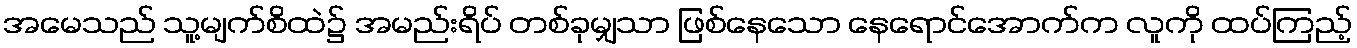
အမေသည် သူ့မျက်စိထဲ၌ အမည်းရိပ် တစ်ခုမျှသာ ဖြစ်နေသော နေရောင်အောက်က လူကို ထပ်ကြည့်